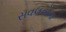
સવલતોના